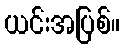
ယင်းအပြစ်။